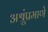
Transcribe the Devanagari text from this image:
अश्रूंप्रमाणे